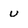
Character: U